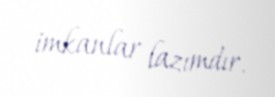
imkanlar lazımdır.